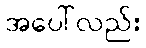
အပေါ်လည်း